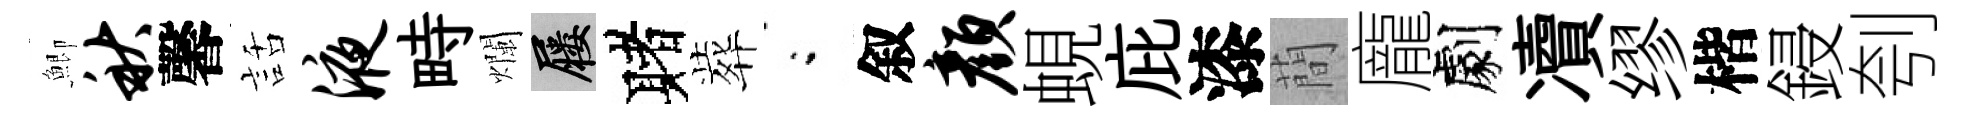
鯽秋馨話液畤爛屨赌葬閤叙颜蜆庇漆蕳龐劇凟缪楷鋟刳